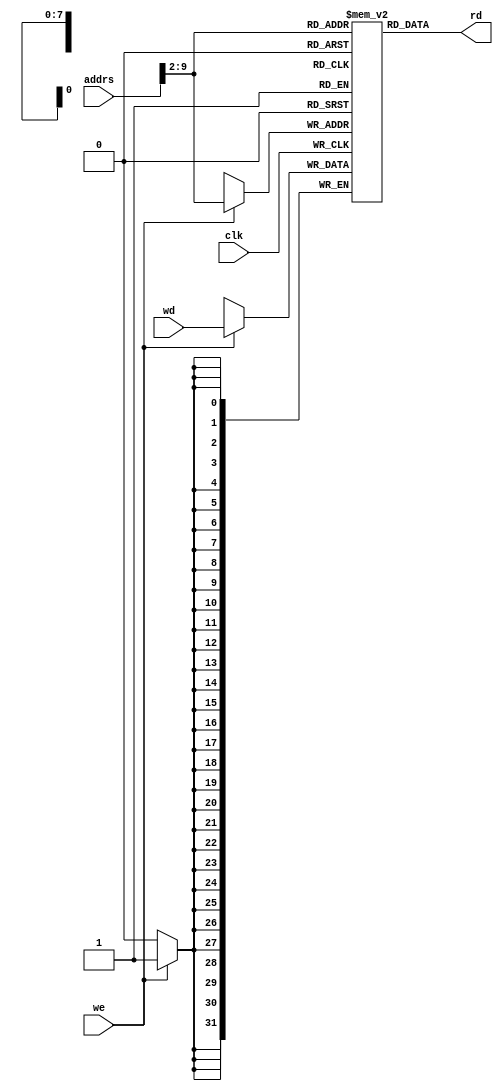
//data memory
module data_mem (input   clk, we,
                 input   [31:0] addrs,
					  input   [31:0] wd,
                 output  [31:0] rd);

  reg [31:0] RAM [0:255];  //memory size = 1k_byte
 
//write operation
  always@(posedge clk)
    if (we) RAM[{24'd0,addrs[9:2]}] <= wd;
//{addrs[9:2]} to make each 4-bytes make a word (word access) 
//read opertaion	 
	 assign rd = RAM[{24'd0,addrs[9:2]}];
endmodule